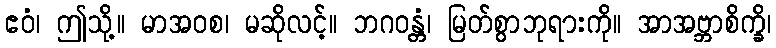
ဧဝံ၊ ဤသို့။ မာအဝစ၊ မဆိုလင့်။ ဘဂဝန္တံ၊ မြတ်စွာဘုရားကို။ အာအဗ္ဘာစိက္ခိ၊